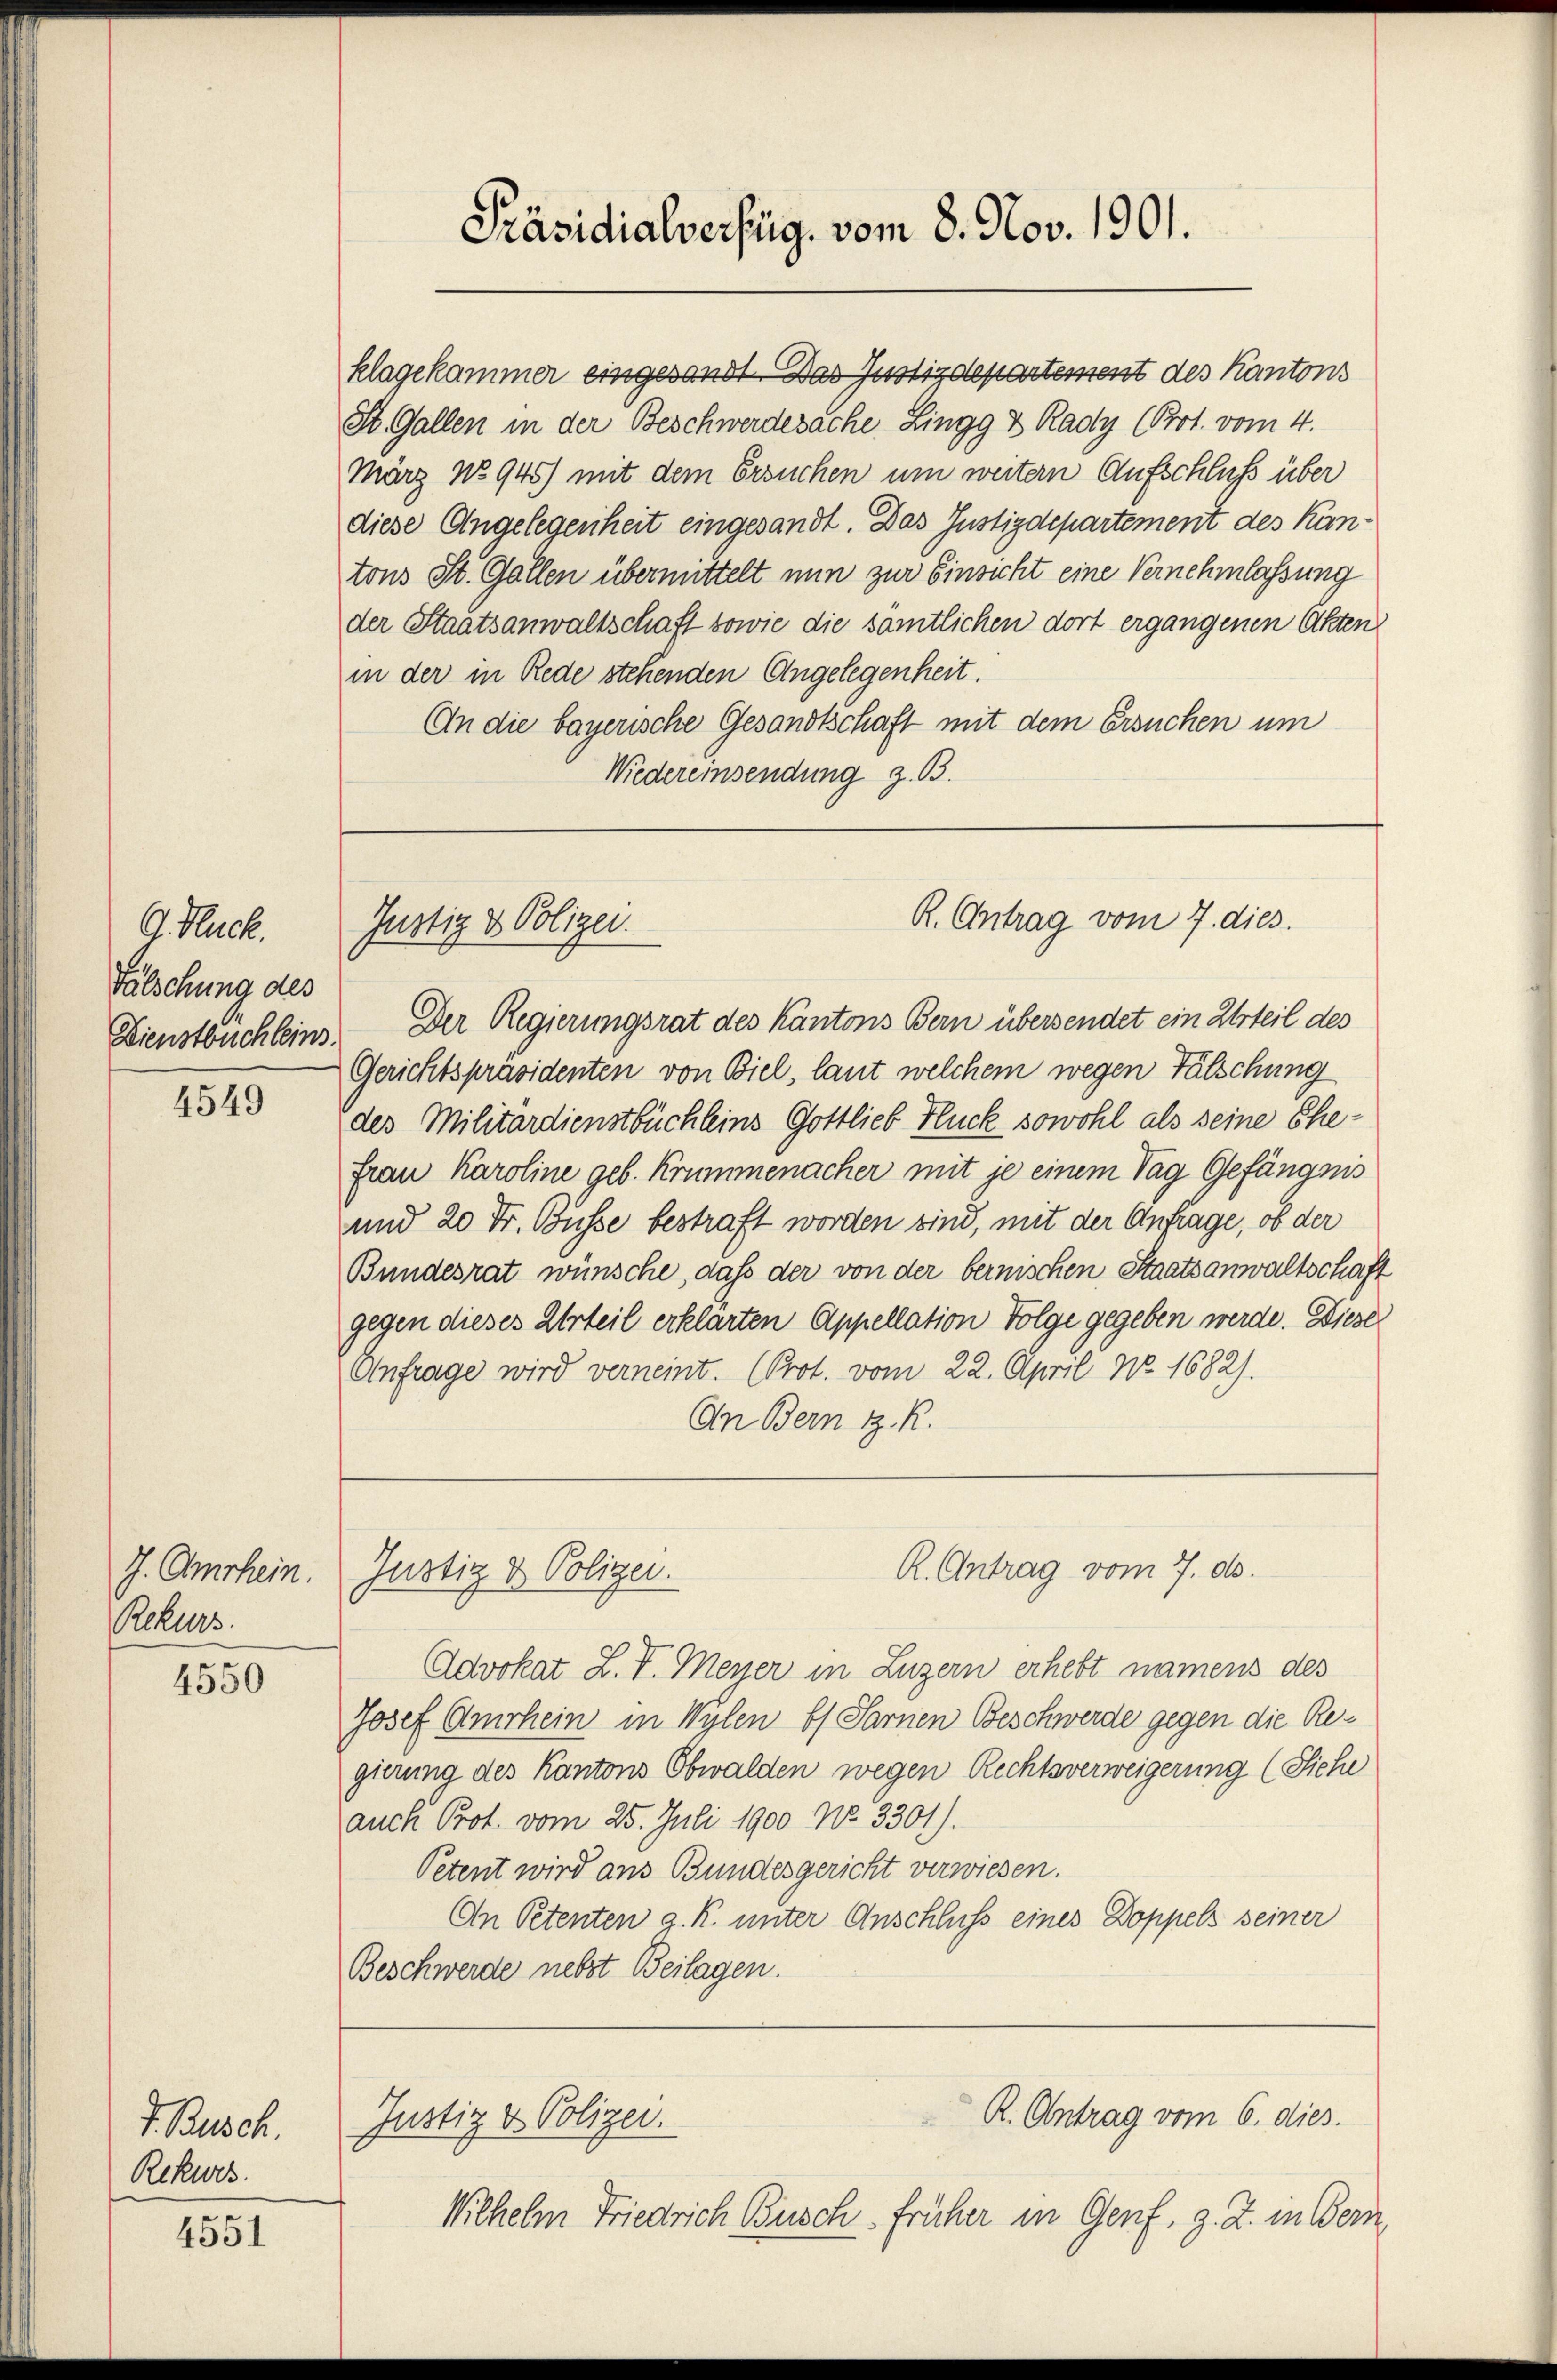
G. Ruck
Fälschung des
Dienstbuchleins.

4549

J. Amrhein.
Rekurs

4550

F. Busch.
Rekwes

4551

klagekammer eingesandt. Das Justizdepartement des Kantons
St. Gallen in der Beschwerdesache Zingg & Rady (Prot. vom 4.
März No 945) mit dem Ersuchen um weitern Aufschluß über
diese Angelegenheit eingesandt. Das Justizdepartement des Kantons St. Gallen übermittelt nun zur Einsicht eine Vernehmlassung
der Staatsanwaltschaft sowie die samtlichen dort ergangenen Akten
in der in Rede stehenden Angelegenheit.
An die bayerische Gesandtschaft mit dem Ersuchen um
Wiedereinsendung z. B.

Präsidialverfüg. vom 8. Nov. 1901.

Justiz & Polizei.

Der Regierungsrat des Kantons Bern übersendet ein Urteil des
Gerichtspräsidenten von Biel, laut welchem wegen Fälschung
des Militärdienstbüchleins Gottlieb Flück sowohl als seine Ehefrau Karoline geb. Krummenacher mit je einem Tag Gefängnis
und 20 Fr. Busse bestraft worden sind, mit der Anfrage, ob der
Bundesrat wünsche, daß der von der bernischen Staatsanwaltschaft
gegen dieses Urteil erklärten Appellation Folge gegeben werde. Diese
Anfrage wird verneint. (Prot. vom 22. April No. 1682).
An Bern z. R.

Justiz & Polizei.

Justiz & Polizei.

R. Antrag vom 7. dies

R. Antrag vom 7. d.

Advokat Z. V. Meyer in Luzern erhebt namens des
Josef Amrhein in Wylen bs Sarnen Beschwerde gegen die Regierung des Kantons Obwalden wegen Rechtsverweigerung (Siehe
auch Prot. vom 25. Juli 1900 No 3301).
Petent wird aus Bundesgericht verwiesen.
An Petenten g. K. unter Anschluss eines Doppels seiner
Beschwerde nebst Beilagen.

Wilhelm Friedrich Busch früher in Genf, z. Z. in Bern,

R. Antrag vom 6. dies.